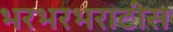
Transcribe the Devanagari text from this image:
भरभरभराटीस